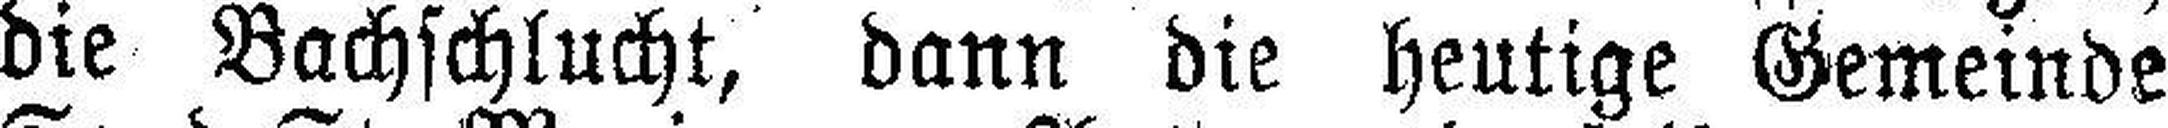
die Bachschlucht, dann die heutige Gemeinde